Leaving Certificate Examination (including Day School Certificate (Higher) General paper), 1934
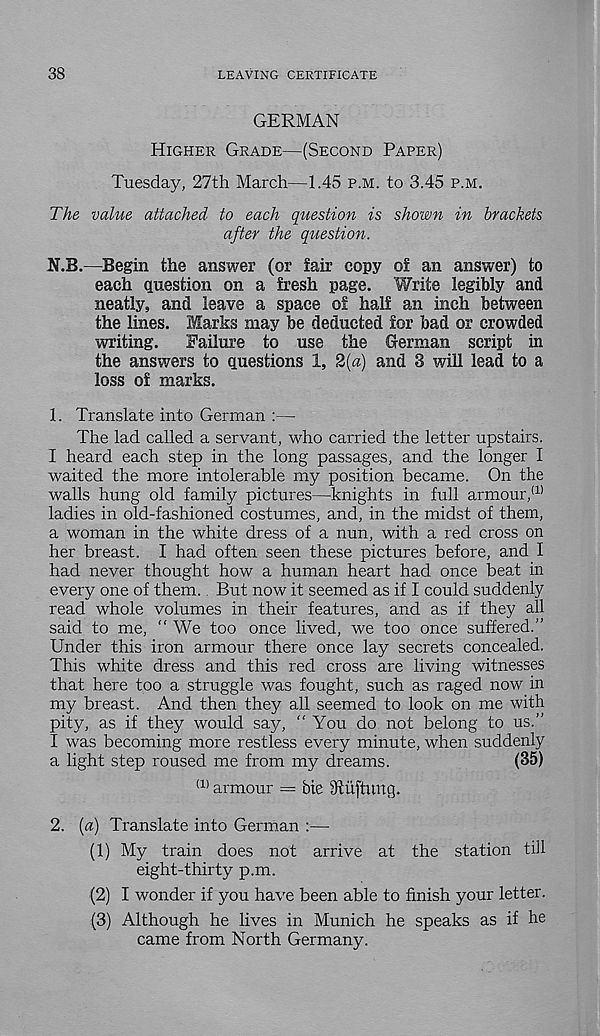
38
LEAVING CERTIFICATE
GERMAN
Higher Grade—(Second Paper)
Tuesday, 27th March—1.45 p.m. to 3.45 p.m.
The value attached to each question is shown in brackets
after the question.
N.B.—Begin the answer (or fair copy of an answer) to
each question on a fresh page. ¥/rite legibly and
neatly, and leave a space of half an inch between
the lines. Marks may be deducted for bad or crowded
writing.
Failure to use the German script in
the answers to questions 1, 2{a) and 3 will lead to a
loss of marks.
1. Translate into German :—
The lad called a servant, who carried the letter upstairs.
I heard each step in the long passages, and the longer I
waited the more intolerable my position became. On the
walls hung old family pictures—knights in full armour, (1)
ladies in old-fashioned costumes, and, in the midst of them,
a woman in the white dress of a nun, with a red cross on
her breast. I had often seen these pictures before, and I
had never thought how a human heart had once beat in
every one of them. But now it seemed as if I could suddenly
read whole volumes in their features, and as if they all
said to me, “ We too once lived, we too once suffered.”
Under this iron armour there once lay secrets concealed.
This white dress and this red cross are living witnesses
that here too a struggle was fought, such as raged now in
my breast. And then they all seemed to look on me with
pity, as if they would say, “You do not belong to us.”
I was becoming more restless every minute, when suddenly
a light step roused me from my dreams.
(35)
(1) armour = bte Stuftung.
2. [a) Translate into German :—-
(1) My train does not arrive at the station till
eight-thirty p.m.
(2) I wonder if you have been able to finish your letter.
(3) Although he lives in Munich he speaks as if he
came from North Germany.